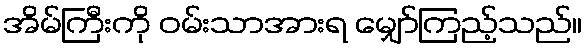
အိမ်ကြီးကို ဝမ်းသာအားရ မျှော်ကြည့်သည်။